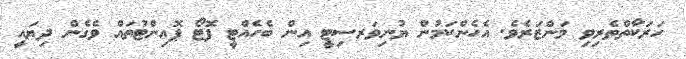
ހަރަކާތްތެރިވި މަންޒަރެވެ. އެހެންކަމުން ޔުނިވަރސިޓީ އިން ބެހެއްޓީ ފޮޓޯ ޕޮއިންޓުތައް ވެގެން ދިޔައީ